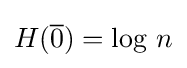
H({\overline {\mathrm {0} }})=\log \,n